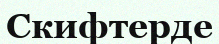
Скифтерде